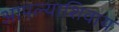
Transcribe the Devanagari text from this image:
आपल्याशिवाय